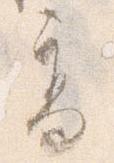
高